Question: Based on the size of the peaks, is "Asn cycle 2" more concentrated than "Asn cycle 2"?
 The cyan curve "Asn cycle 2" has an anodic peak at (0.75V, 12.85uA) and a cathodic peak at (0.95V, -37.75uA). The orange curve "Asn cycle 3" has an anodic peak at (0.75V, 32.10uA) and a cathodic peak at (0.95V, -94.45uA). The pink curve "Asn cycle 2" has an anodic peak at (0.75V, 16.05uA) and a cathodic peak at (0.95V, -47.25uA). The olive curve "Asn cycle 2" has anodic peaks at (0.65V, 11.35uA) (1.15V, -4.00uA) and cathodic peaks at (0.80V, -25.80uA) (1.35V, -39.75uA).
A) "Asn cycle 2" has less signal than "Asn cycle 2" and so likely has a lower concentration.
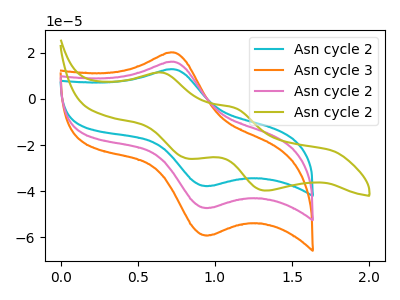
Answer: <think>All the peaks in "Asn cycle 2" have a peak in "Asn cycle 2" at the same potential. Every peak in "Asn cycle 2" is lower than every peak in "Asn cycle 2".
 </think>
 <answer>A) "Asn cycle 2" has less signal than "Asn cycle 2" and so likely has a lower concentration.</answer>
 <eval>A</eval>